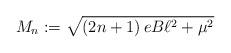
LaTeX: \begin{align*}M_{n}:=\sqrt{\left( 2n+1\right) eB\ell ^{2}+\mu ^{2}}\end{align*}